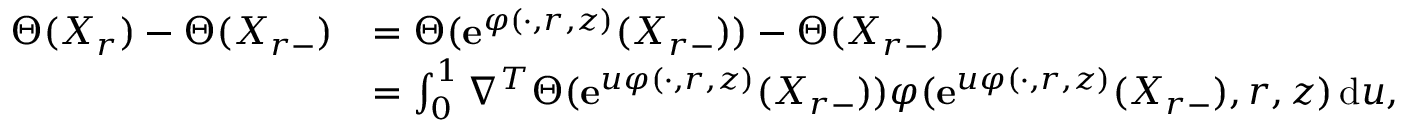
\begin{array} { r l } { \Theta ( X _ { r } ) - \Theta ( X _ { r - } ) } & { = \Theta ( \mathbf { e } ^ { \varphi ( \cdot , r , z ) } ( X _ { r - } ) ) - \Theta ( X _ { r - } ) } \\ & { = \int _ { 0 } ^ { 1 } \nabla ^ { T } \Theta ( \mathbf { e } ^ { u \varphi ( \cdot , r , z ) } ( X _ { r - } ) ) \varphi ( \mathbf { e } ^ { u \varphi ( \cdot , r , z ) } ( X _ { r - } ) , r , z ) \, \mathrm { d } u , } \end{array}